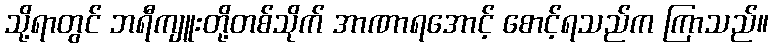
သို့ရာတွင် ဘရီကျူးတို့တစ်သိုက် အာဏာရအောင့် စောင့်ရသည်က ကြာသည်။